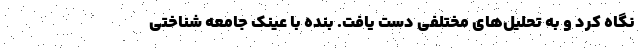
نگاه کرد و به تحلیل‌های مختلفی دست یافت. بنده با عینک جامعه شناختی